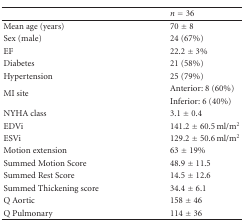
|  | n = 36 |
 | --- | --- |
 | Mean age (years) | 70 ± 8 |
 | Sex (male) | 24 (67%) |
 | EF | 22.2 ± 3% |
 | Diabetes | 21 (58%) |
 | Hypertension | 25 (79%) |
 | <ROWSPAN=2> MI site | Anterior: 8 (60%) |
 | Inferior: 6 (40%) |
 | NYHA class | 3.1 ± 0.4 |
 | EDVi | 141.2 ± 60.5 ml/m2 |
 | ESVi | 129.2 ± 50.6 ml/m2 |
 | Motion extension | 63 ± 19% |
 | Summed Motion Score | 48.9 ± 11.5 |
 | Summed Rest Score | 14.5 ± 12.6 |
 | Summed Thickening score | 34.4 ± 6.1 |
 | Q Aortic | 158 ± 46 |
 | Q Pulmonary | 114 ± 36 |